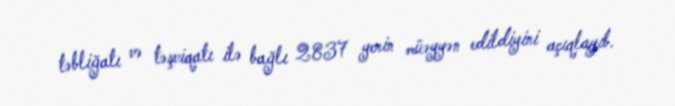
təbliğatı və təşviqatı ilə bağlı 2837 yerin müəyyən edildiyini açıqlayıb.